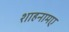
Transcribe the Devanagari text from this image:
शाहनामए